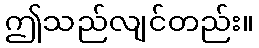
ဤသည်လျင်တည်း။